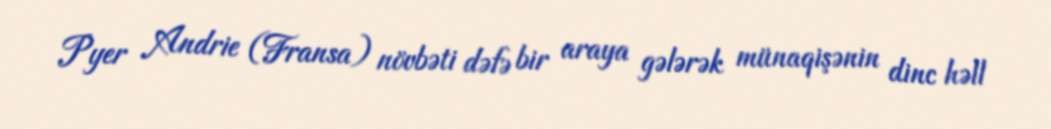
Pyer Andrie (Fransa) növbəti dəfə bir araya gələrək münaqişənin dinc həll